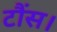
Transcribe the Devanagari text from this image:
टौंस।